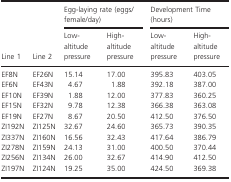
<table><thead><tr><td rowspan="2"><b>Line 1</b></td><td rowspan="2"><b>Line 2</b></td><td colspan="2"><b>Egg‐laying rate (eggs/female/day)</b></td><td colspan="2"><b>Development Time (hours)</b></td></tr><tr><td><b>Low‐altitude pressure</b></td><td><b>High‐altitude pressure</b></td><td><b>Low‐altitude pressure</b></td><td><b>High‐altitude pressure</b></td></tr></thead><tbody><tr><td>EF8N</td><td>EF26N</td><td>15.14</td><td>17.00</td><td>395.83</td><td>403.05</td></tr><tr><td>EF6N</td><td>EF43N</td><td>4.67</td><td>1.88</td><td>392.18</td><td>387.00</td></tr><tr><td>EF10N</td><td>EF39N</td><td>1.88</td><td>12.00</td><td>377.83</td><td>360.25</td></tr><tr><td>EF15N</td><td>EF32N</td><td>9.78</td><td>12.38</td><td>366.38</td><td>363.08</td></tr><tr><td>EF19N</td><td>EF27N</td><td>8.67</td><td>20.50</td><td>412.50</td><td>376.50</td></tr><tr><td>ZI192N</td><td>ZI125N</td><td>32.67</td><td>24.60</td><td>365.73</td><td>390.35</td></tr><tr><td>ZI337N</td><td>ZI160N</td><td>16.56</td><td>32.43</td><td>417.64</td><td>386.79</td></tr><tr><td>ZI278N</td><td>ZI159N</td><td>24.13</td><td>31.00</td><td>400.50</td><td>370.44</td></tr><tr><td>ZI256N</td><td>ZI134N</td><td>26.00</td><td>32.67</td><td>414.90</td><td>412.50</td></tr><tr><td>ZI197N</td><td>ZI124N</td><td>19.25</td><td>35.00</td><td>424.50</td><td>369.38</td></tr></tbody></table>